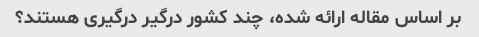
بر اساس مقاله ارائه شده، چند کشور درگیر درگیری هستند؟